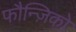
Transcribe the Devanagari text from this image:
फौन्ज़िको